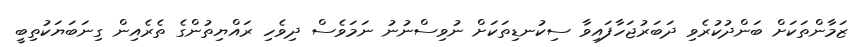
ޒަމާންތަކަށް ބަންދުކުރެވި ދަބަރުޖަހާފައިވާ ސިކުނޑިތަކަށް ނުވިސްނުނު ނަމަވެސް ދިވެހި ރައްޔިތުންގެ ތެރެއިން ގިނަބަޔަކުތިބީ